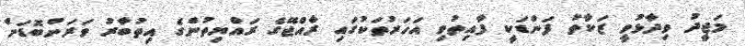
މަޖީދު ވިދާޅުވީ ޒަކާތު ފަންޑަކީ ފާއިތުވި އަހަރުތަކުގައި ރާއްޖޭގެ ރައްޔިތުންގެ އިތުބާރު ވަރަށްބޮޑަށް